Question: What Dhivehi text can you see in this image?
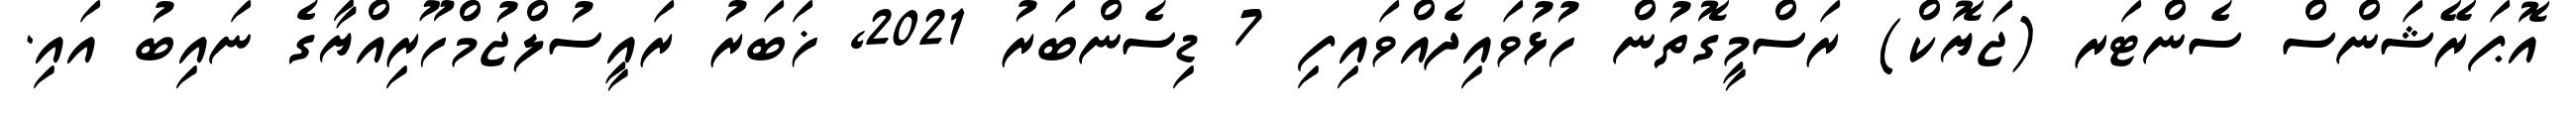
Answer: އޮޕަރޭޝަންސް ސެންޓަރ (ޖަޔޮކް) ރަސްމީގޮތުން ހުޅުވައިދެއްވައިފި 7 ޑިސެންބަރު 2021, ޚަބަރު ރައީސުލްޖުމްހޫރިއްޔާގެ ނައިބު އައި.